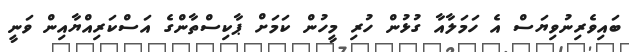
ބައިވެރިނުވިޔަސް އެ ހަމަލާއާ ގުޅުން ހުރި މީހުން ކަމަށް ޕާކިސްތާންގެ އަސްކަރިއްޔާއިން ވަނީ